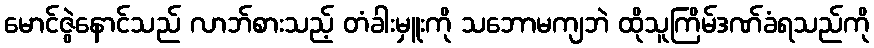
မောင်ဇွဲနောင်သည် လာဘ်စားသည့် တံခါးမှူးကို သဘောမကျဘဲ ထိုသူကြိမ်ဒဏ်ခံရသည်ကို